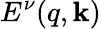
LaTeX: E^{\nu}(q,\mathbf{k})